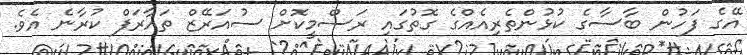
އޭގެ ފަހުން ބާސާގެ ކުޅުންތެރިއެއްގެ ގޮތުގައި ރަސްމީކޮށް ސުއަރޭޒް ތައާރަފް ކުރާނެ އެވެ.